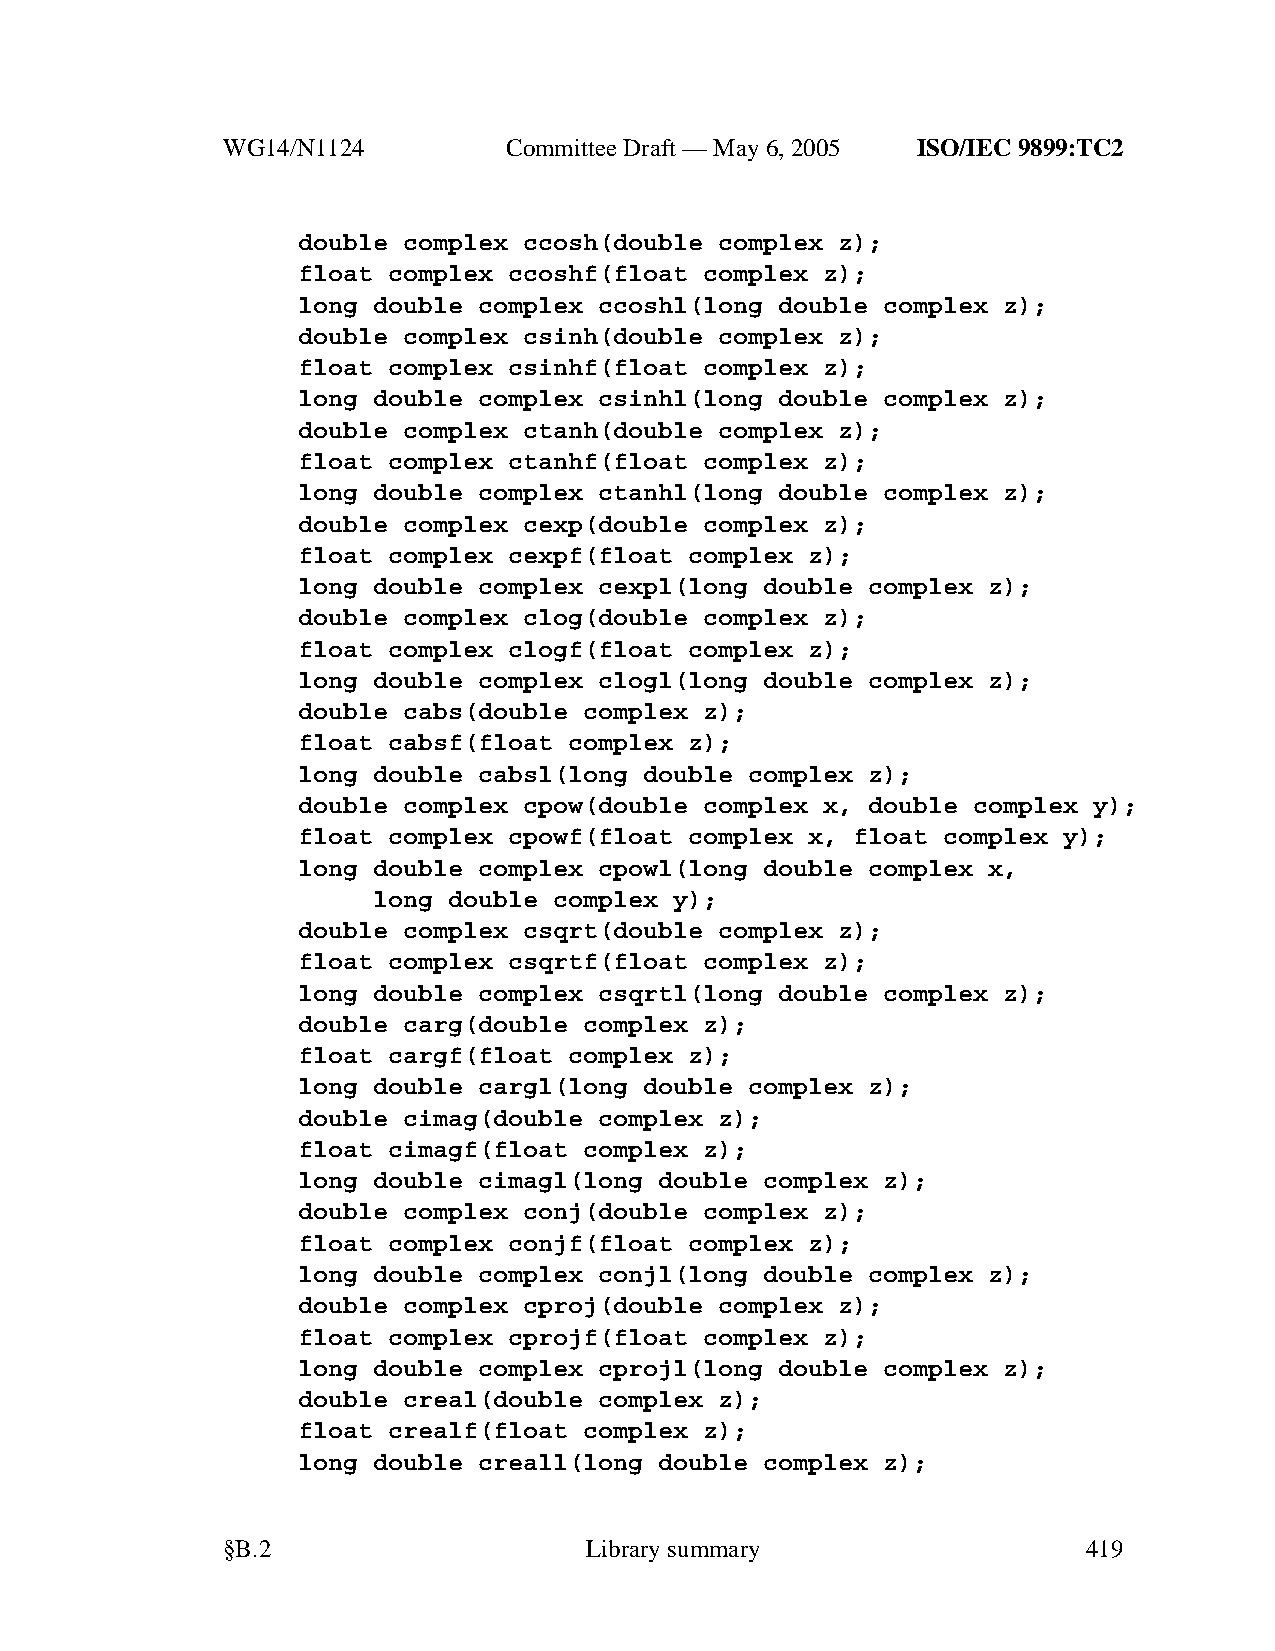
WG14/N1124        CommitteeDraft — May 6, 2005 ISO/IEC 9899:TC2
 double complex ccosh(double complex z);
 float complex ccoshf(float complex z);
 long double complex ccoshl(long double complex z);
 double complex csinh(double complex z);
 float complex csinhf(float complex z);
 long double complex csinhl(long double complex z);
 double complex ctanh(double complex z);
 float complex ctanhf(float complex z);
 long double complex ctanhl(long double complex z);
 double complex cexp(double complex z);
 float complex cexpf(float complex z);
 long double complex cexpl(long double complex z);
 double complex clog(double complex z);
 float complex clogf(float complex z);
 long double complex clogl(long double complex z);
 double cabs(double complex z);
 float cabsf(float complex z);
 long double cabsl(long double complex z);
 double complex cpow(double complex x, double complex y);
 float complex cpowf(float complex x, float complex y);
 long double complex cpowl(long double complex x,
 long double complex y);
 double complex csqrt(double complex z);
 float complex csqrtf(float complex z);
 long double complex csqrtl(long double complex z);
 double carg(double complex z);
 float cargf(float complex z);
 long double cargl(long double complex z);
 double cimag(double complex z);
 float cimagf(float complex z);
 long double cimagl(long double complex z);
 double complex conj(double complex z);
 float complex conjf(float complex z);
 long double complex conjl(long double complex z);
 double complex cproj(double complex z);
 float complex cprojf(float complex z);
 long double complex cprojl(long double complex z);
 double creal(double complex z);
 float crealf(float complex z);
 long double creall(long double complex z);
 §B.2                    Librarysummary                   419